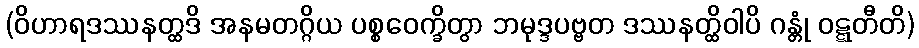
(ဝိဟာရဒဿနတ္ထဒိ အနမတဂ္ဂိယ ပစ္စဝေက္ခိတွာ ဘမုဒ္ဒပဗ္ဗတ ဒဿနတ္ထိဝါပိ ဂန္တုံ ဝဋ္ဋတီတိ)